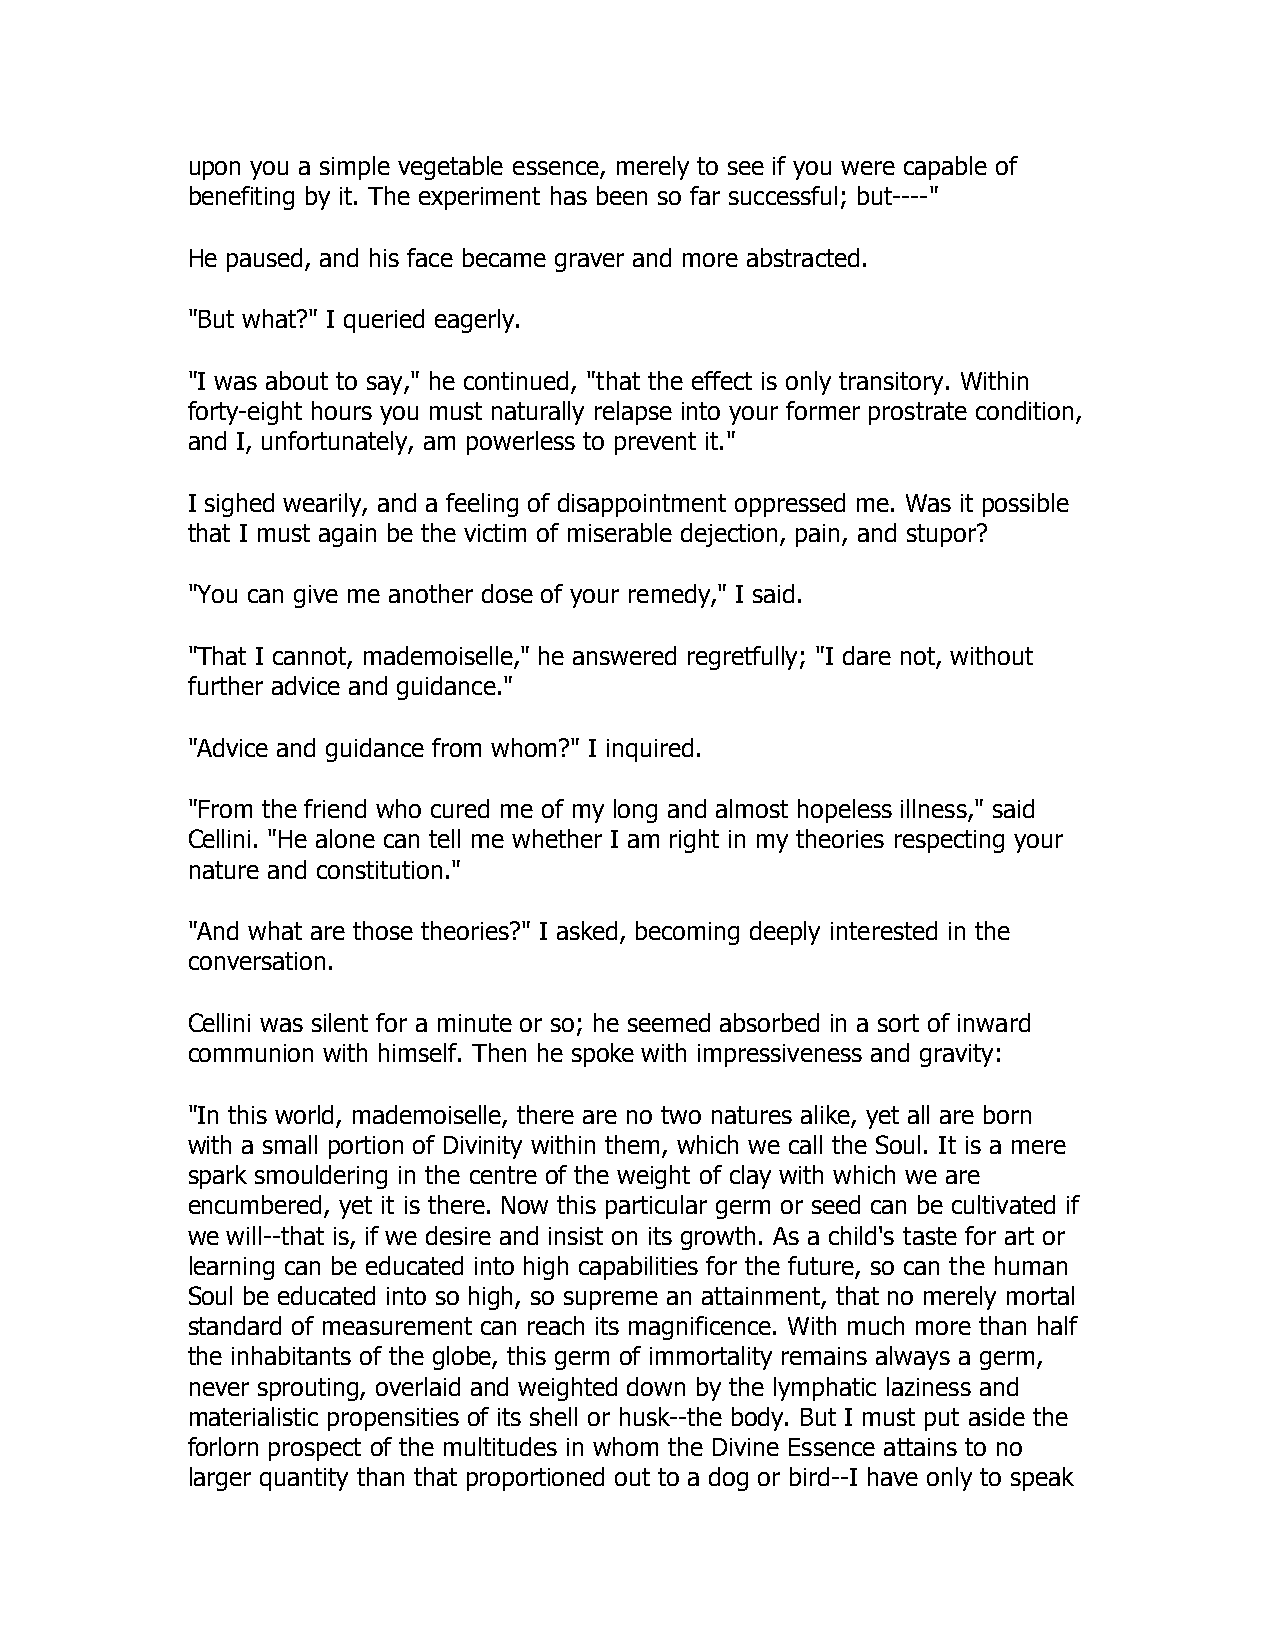
upon you a simple vegetable essence, merely to see if you were capable of
 benefiting by it. The experiment has been so far successful; but----"
 He paused, and his face became graver and more abstracted.
 "But what?" I queried eagerly.
 "I was about to say," he continued, "that the effect is only transitory. Within
 forty-eight hours you must naturally relapse into your former prostrate condition,
 and I, unfortunately, am powerless to prevent it."
 I sighed wearily, and a feeling of disappointment oppressed me. Was it possible
 that I must again be the victim of miserable dejection, pain, and stupor?
 "You can give me another dose of your remedy," I said.
 "That I cannot, mademoiselle," he answered regretfully; "I dare not, without
 further advice and guidance."
 "Advice and guidance from whom?" I inquired.
 "From the friend who cured me of my long and almost hopeless illness," said
 Cellini. "He alone can tell me whether I am right in my theories respecting your
 nature and constitution."
 "And what are those theories?" I asked, becoming deeply interested in the
 conversation.
 Cellini was silent for a minute or so; he seemed absorbed in a sort of inward
 communion with himself. Then he spoke with impressiveness and gravity:
 "In this world, mademoiselle, there are no two natures alike, yet all are born
 with a small portion of Divinity within them, which we call the Soul. It is a mere
 spark smouldering in the centre of the weight of clay with which we are
 encumbered, yet it is there. Now this particular germ or seed can be cultivated if
 we will--that is, if we desire and insist on its growth. As a child's taste for art or
 learning can be educated into high capabilities for the future, so can the human
 Soul be educated into so high, so supreme an attainment, that no merely mortal
 standard of measurement can reach its magnificence. With much more than half
 the inhabitants of the globe, this germ of immortality remains always a germ,
 never sprouting, overlaid and weighted down by the lymphatic laziness and
 materialistic propensities of its shell or husk--the body. But I must put aside the
 forlorn prospect of the multitudes in whom the Divine Essence attains to no
 larger quantity than that proportioned out to a dog or bird--I have only to speak